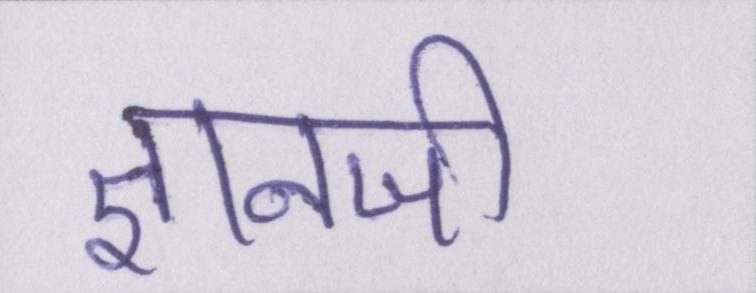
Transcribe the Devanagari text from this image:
ज्ञानजी